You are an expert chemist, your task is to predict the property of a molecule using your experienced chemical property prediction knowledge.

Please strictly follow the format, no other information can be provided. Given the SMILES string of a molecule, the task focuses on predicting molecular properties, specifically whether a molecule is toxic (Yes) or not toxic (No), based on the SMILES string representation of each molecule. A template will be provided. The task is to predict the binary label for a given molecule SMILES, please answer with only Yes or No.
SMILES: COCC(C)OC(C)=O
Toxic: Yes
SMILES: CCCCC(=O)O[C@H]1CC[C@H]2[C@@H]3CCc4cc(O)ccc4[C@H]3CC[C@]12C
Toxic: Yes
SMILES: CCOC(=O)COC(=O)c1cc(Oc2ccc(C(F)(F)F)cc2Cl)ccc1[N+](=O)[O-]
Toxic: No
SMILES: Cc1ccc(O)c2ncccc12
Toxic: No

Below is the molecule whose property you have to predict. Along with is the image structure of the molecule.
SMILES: CCCCc1cc2c(=O)c(C(=O)OC)c[nH]c2cc1OCc1ccccc1
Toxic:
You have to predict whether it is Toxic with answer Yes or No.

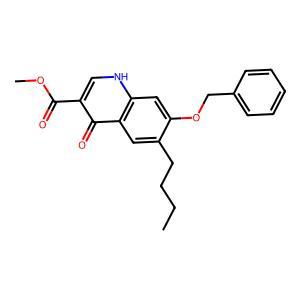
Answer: No